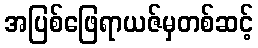
အပြစ်ဖြေရာယဇ်မှတစ်ဆင့်